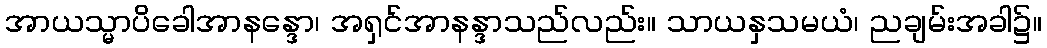
အာယသ္မာပိခေါအာနန္ဒော၊ အရှင်အာနန္ဒာသည်လည်း။ သာယနှသမယံ၊ ညချမ်းအခါ၌။